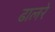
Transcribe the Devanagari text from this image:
ढालरे